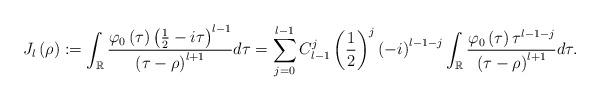
LaTeX: \begin{align*}J_{l}\left( \rho\right) :=\int_{\mathbb{R}}\frac{\varphi_{0}\left(\tau\right) \left( \frac{1}{2}-i\tau\right) ^{l-1}}{\left( \tau-\rho\right) ^{l+1}}d\tau =\sum_{j=0}^{l-1}C_{l-1}^{j}\left( \frac{1}{2}\right) ^{j}\left(-i\right) ^{l-1-j}\int_{\mathbb{R}}\frac{\varphi_{0}\left( \tau\right)\tau^{l-1-j}}{\left( \tau-\rho\right) ^{l+1}}d\tau.\end{align*}